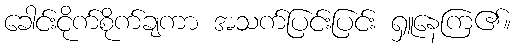
ခေါင်းငိုက်စိုက်ချကာ အသက်ပြင်းပြင်း ရှူနေကြ၏။